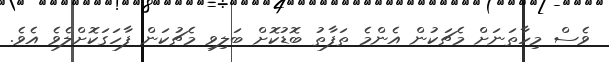
ވެސް މިހާތަނަށް މެޗަކުން އެންމެ ތަފާތު ބޮޑުކޮށް ބަލިވި މެޗުކަން ފާހަގަކޮށްލެވެ އެވެ.